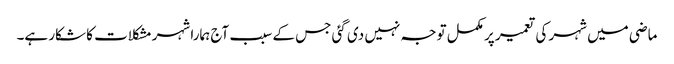
ماضی میں شہر کی تعمیر پر مکمل توجہ نہیں دی گئی جس کے سبب آج ہمارا شہر مشکلات کا شکار ہے۔